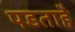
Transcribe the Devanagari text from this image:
पडताहै